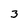
Character: 3